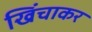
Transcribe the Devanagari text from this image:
खिंचाकर